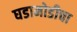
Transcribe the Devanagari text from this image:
घडामोडीचा